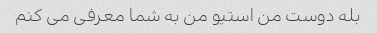
بله دوست من استیو من به شما معرفی می کنم